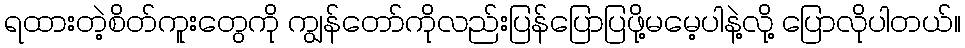
ရထားတဲ့စိတ်ကူးတွေကို ကျွန်တော်ကိုလည်းပြန်ပြောပြဖို့မမေ့ပါနဲ့လို့ ပြောလိုပါတယ်။